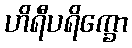
ဟိရီပရိက္ခော